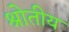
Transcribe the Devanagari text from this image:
श्रोतीय